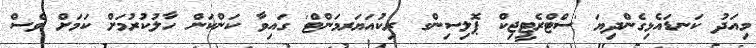
މިއަދު ކަނޑައެޅިގެންދިޔަ 'ސްޓްރެޓީޖިކް ޕޮލިސިންގ ރިކުއަޔަރމަންޓް' ގައިވާ ކަންކަން ހާލުކުރުމަށް ކަމަށް ވެސް